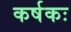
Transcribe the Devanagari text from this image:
कर्षकः